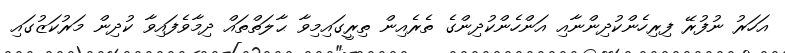
އަހަރު ނުފުރޭ ފިރިހެންކުދިންނާއި އަންހެންކުދިންގެ ތެރެއިން ތިރީގައިމިވާ ޙާލަތްތައް ދިމާވެފައިވާ ކުދިން މަރުކަޒުގައި